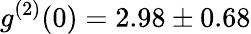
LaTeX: g^{(2)}(0)=2.98\pm 0.68